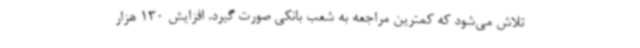
تلاش می‌شود که کمترین مراجعه به شعب بانکی صورت گیرد. افزایش 130 هزار